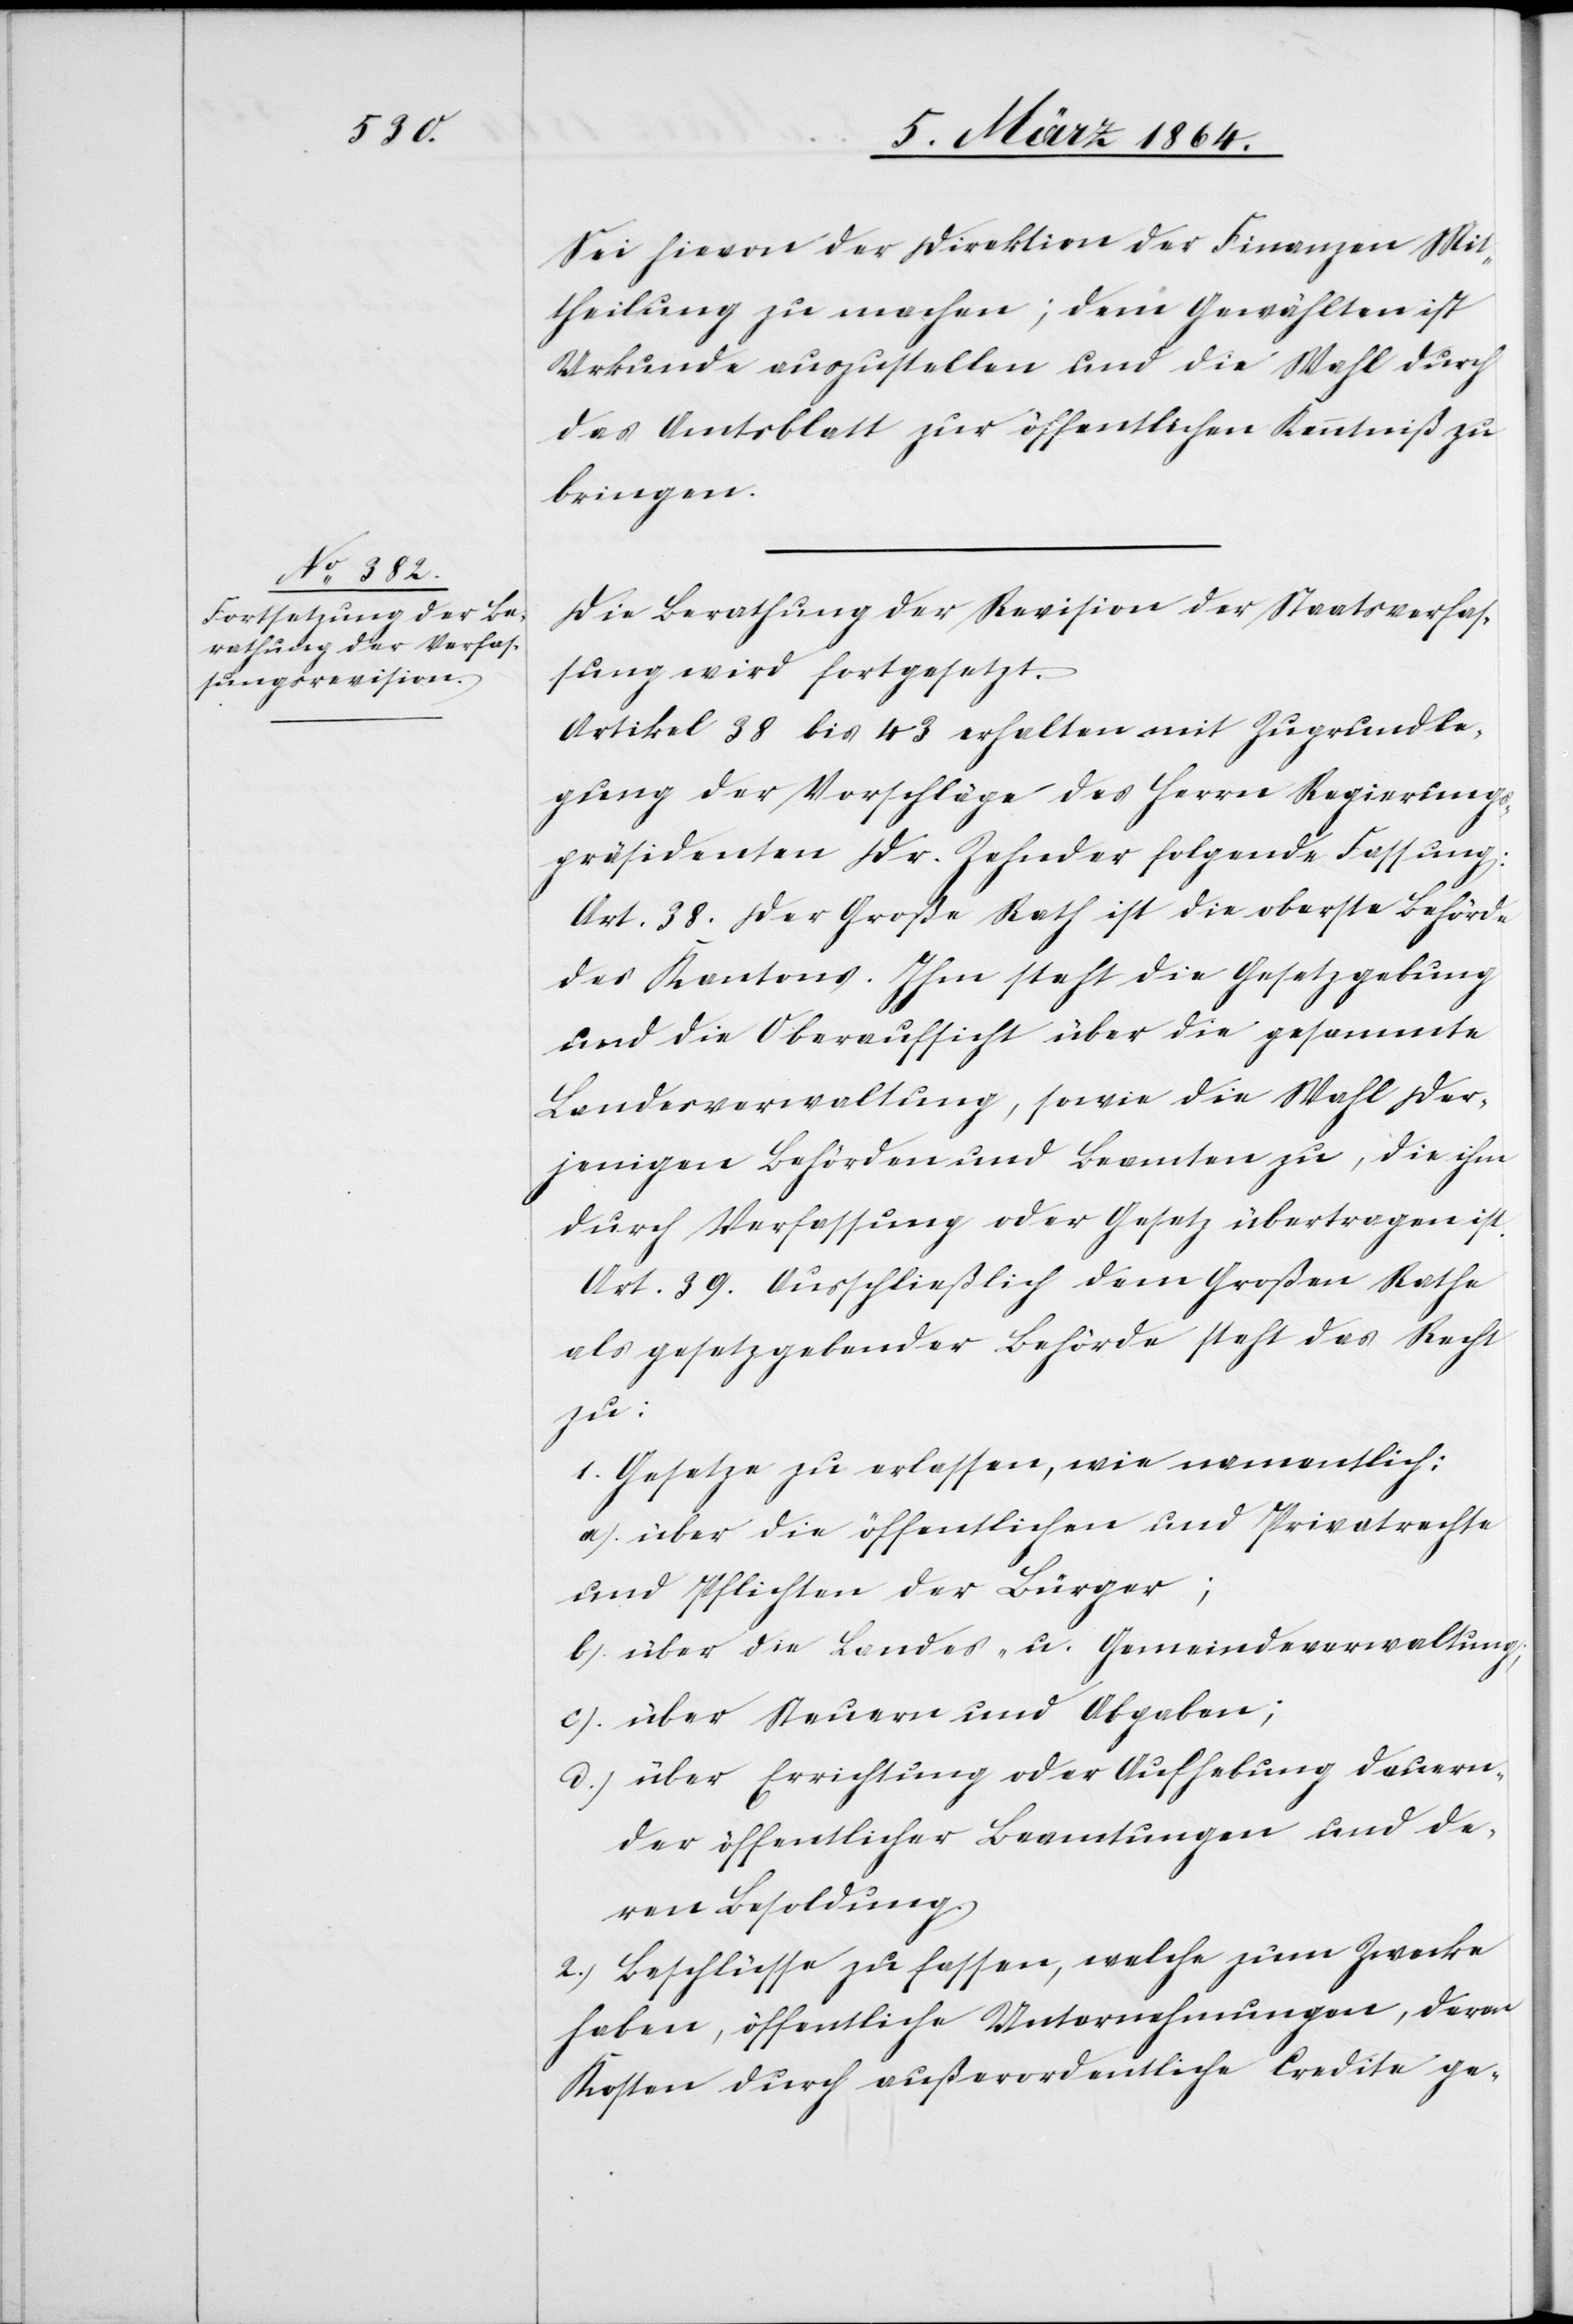
Sei hievon der Direktion der Finanzen Mit¬
theilung zu machen; dem Gewählten ist
Urkunde auszustellen um die Wahl durch
das Amtsblatt zur öffentlichen Kenntniß zu
bringen.
Die Berathung der Revision der Staatsverfas¬
sung wird fortgesetzt.
Artikel 38 bis 43 erhalten mit Zugrundle¬
gung der Vorschläge des Herrn Regierungs¬
präsidenten Dr. Zehnder folgende Fassung:
Art. 38. Der Große Rath ist die oberste Behörde
des Kantons. Ihm steht die Gesetzgebung
und die Oberaufsicht über die gesammte
Landesverwaltung, sowie die Wahl der¬
jenigen Behörden und Beamten zu, die ihm
durch Verfassung oder Gesetz übertragen ist.
Art. 39. Ausschließlich dem Großen Rathe
als gesetzgebender Behörde steht das Recht
zu:
1. Gesetze zu erlassen, wie namentlich:
a.) über die öffentlichen und Privatrechte
und Pflichten der Bürger;
b.) über die Landes- u. Gemeindeverwaltung;
c.) über Steuern und Abgaben;
d.) über Errichtung oder Aufhebung dauern¬
der öffentlicher Beamtungen und de¬
ren Besoldung.
2. Beschlüsse zu fassen, welche zum Zwecke
haben, öffentliche Unternehmungen, davon
Kosten durch außerordentliche Credite ge-